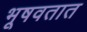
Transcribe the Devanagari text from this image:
भूषवतात